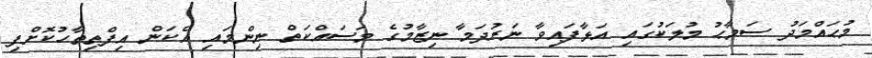
މުޙައްމަދު ސަމާޙު މުލަކުގައި އަޅާފައިވާ ނަރުދަމާ ނިޒާމުގެ މަސައްކަތް ނިންމައި އެކަން އިފްތިތާހުކޮށްފި